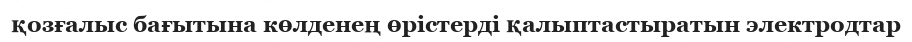
қозғалыс бағытына көлденең өрістерді қалыптастыратын электродтар